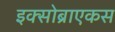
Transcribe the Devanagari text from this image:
इक्सोब्राएकस